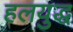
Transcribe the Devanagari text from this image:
हलयुद्ध